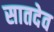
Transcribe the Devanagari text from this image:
सातदेव